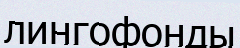
лингофонды